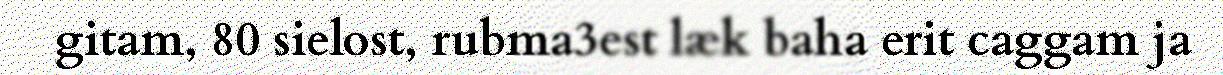
gitam, 80 sielost, rubma3est læk baha erit caggam ja